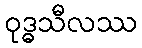
ဝုဒ္ဓသီလဿ